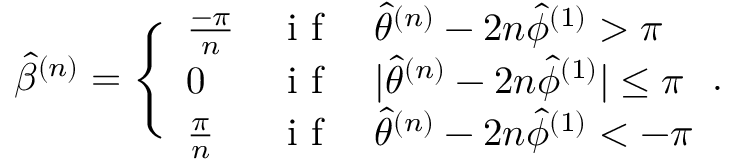
\hat { \beta } ^ { ( n ) } = \Bigg \{ \begin{array} { l l l } { \frac { - \pi } { n } } & { \mathrm { ~ i ~ f ~ } } & { \hat { \theta } ^ { ( n ) } - 2 n \hat { \phi } ^ { ( 1 ) } > \pi } \\ { 0 } & { \mathrm { ~ i ~ f ~ } } & { | \hat { \theta } ^ { ( n ) } - 2 n \hat { \phi } ^ { ( 1 ) } | \leq \pi } \\ { \frac { \pi } { n } } & { \mathrm { ~ i ~ f ~ } } & { \hat { \theta } ^ { ( n ) } - 2 n \hat { \phi } ^ { ( 1 ) } < - \pi } \end{array} .